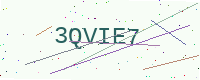
Text: 3QVIE7